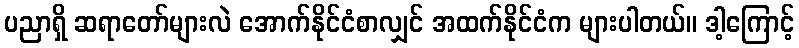
ပညာရှိ ဆရာတော်များလဲ အောက်နိုင်ငံစာလျှင် အထက်နိုင်ငံက များပါတယ်။ ဒါ့ကြောင့်